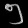
Digit: ၅